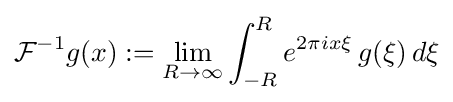
{\mathcal {F}}^{-1}g(x):=\lim _{R\to \infty }\int _{-R}^{R}e^{2\pi ix\xi }\,g(\xi )\,d\xi